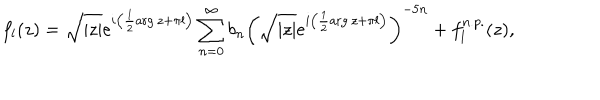
f _ { l } ( z ) = \sqrt { | z | } e ^ { i \left( { \frac { 1 } { 2 } } \mathrm { a r g } \, z + \pi l \right) } \sum _ { n = 0 } ^ { \infty } b _ { n } \left( \sqrt { | z | } e ^ { i \left( { \frac { 1 } { 2 } } \mathrm { a r g } \, z + \pi l \right) } \right) ^ { - 5 n } + f _ { l } ^ { n . p . } ( z ) ,